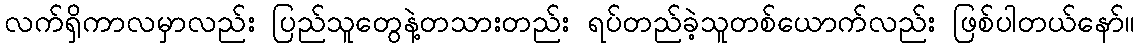
လက်ရှိကာလမှာလည်း ပြည်သူတွေနဲ့တသားတည်း ရပ်တည်ခဲ့သူတစ်ယောက်လည်း ဖြစ်ပါတယ်နော်။